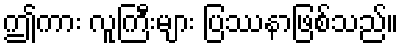
ဤကား လူကြီးများ ပြဿနာဖြစ်သည်။